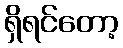
ရှိရင်တော့